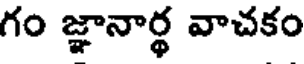
గం జ్ఞానార్థ వాచకం